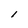
Character: l